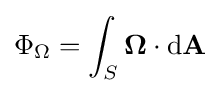
\Phi _{\Omega }=\int _{S}{\boldsymbol {\Omega }}\cdot \mathrm {d} \mathbf {A} \,\!